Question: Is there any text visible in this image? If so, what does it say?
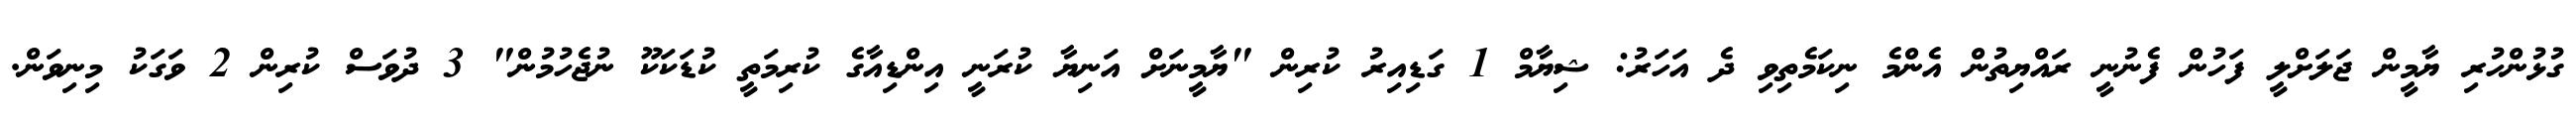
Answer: ގުޅުންހުރި ޔާމީން ޖަލަށްލީ ފަހުން ފެނުނީ ރައްޔިތުން އެންމެ ނިކަމެތިވި ދެ އަހަރު: ޝިޔާމް 1 ގަޑިއިރު ކުރިން "ޔާމީނަށް އަނިޔާ ކުރަނީ އިންޑިއާގެ ކުރިމަތީ ކުޑަކަކޫ ނުޖެހުމުން" 3 ދުވަސް ކުރިން 2 ވަގަކު މިނިވަން.